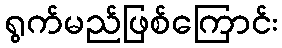
ရွက်မည်ဖြစ်ကြောင်း